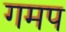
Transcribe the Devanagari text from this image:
गमप